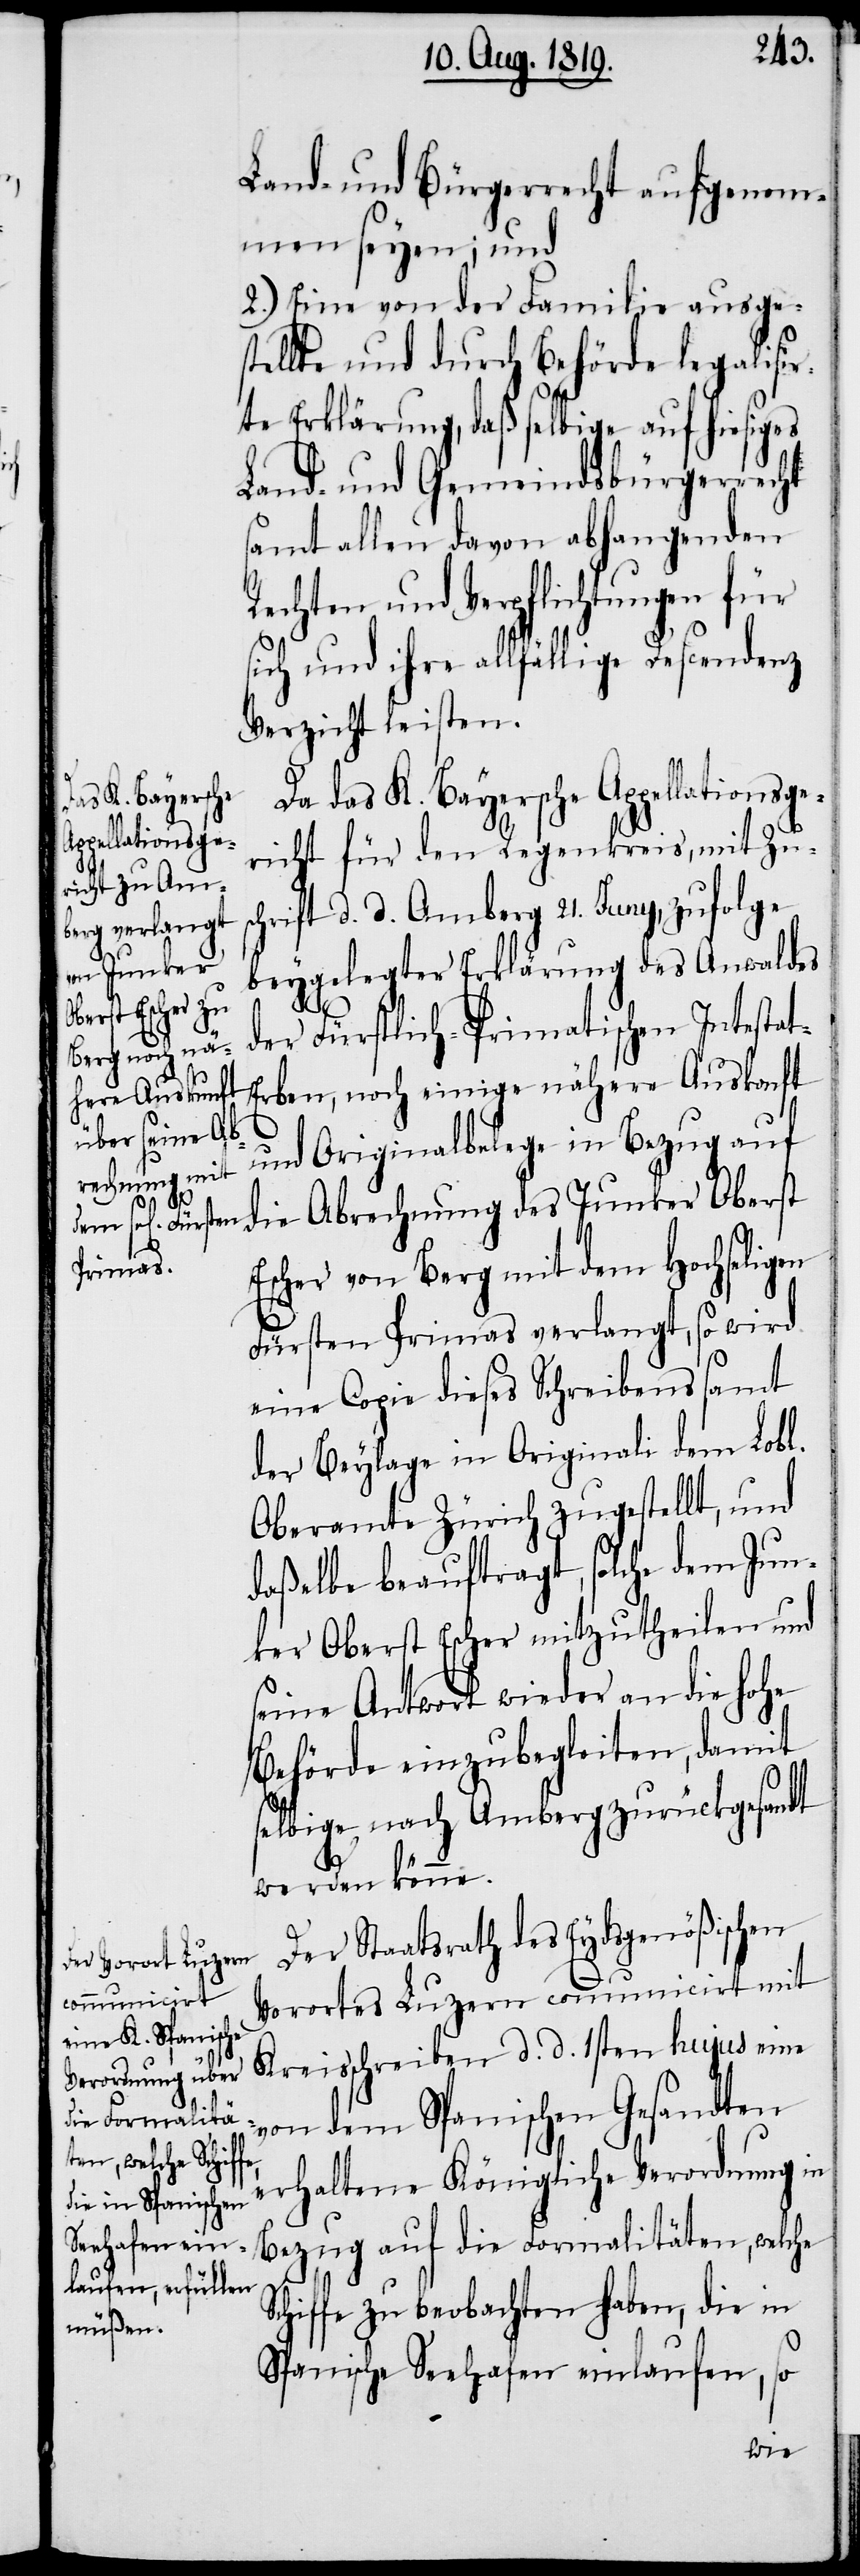
das K. Bayersche
ppellationsge¬
A¬

Land- und Bürgerrecht aufgenom¬
men seyen; und
2.) Eine von der Familie ausges¬
tellte und durch Behörde legalisie¬
rte Erklärung, daß selbige auf hiesiges
Land- und Gemeindsbürgerrecht
samt allen davon abhangenden
Rechten und Verpflichtungen für
sich und ihre allfällige Descendenz
Verzicht leisten.
richt für den Regenkreis, mit Zus¬
chrift d. d. Amberg 21. Juny, zufolge
beygelegter Erklärung des Anwaldes
der Fürstlich-Primatischen Intesta¬
rben, noch einige nähere Auskonft
und Originalbelege in Bezug auf
die Abrechnung des Junker Oberst
Escher von Berg mit dem Hochseligen
Fürsten Primas verlangt, so wird
eine Copie dieses Schreibens samt
der Beylage in Originali dem Lobl.
Oberamte Zürich zugestellt, und
daßelbe beauftragt, solche dem Jun¬
ker Oberst Escher mitzutheilen und
seine Antwort wieder an die hohe
Behörde einzubegleiten, damit
t-E¬
selbige nach Amberg zurückgesandt
werden könne.
Der Staatsrath des Eydsgenößischen
Vorortes Luzern communicirt mit
Kreisschreiben d. d. 1sten hujus eine
von dem Spanischen Gesandten
erhaltene Königliche Verordnung in
Bezug auf die Formalitäten, welche
Schiffe zu beobachten haben, die in
Spanische Seehafen einlaufen, so